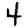
Digit: 4